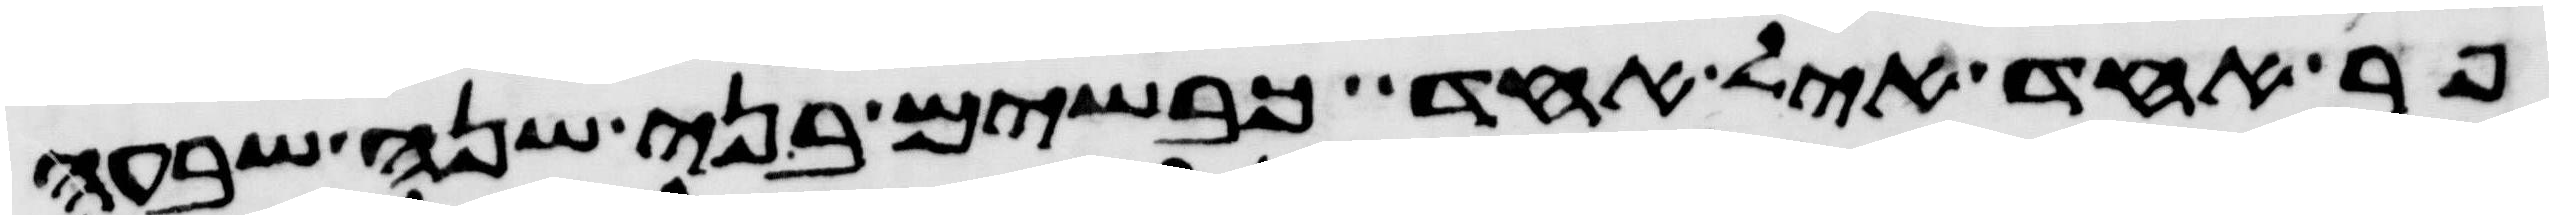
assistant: פר אחד איל אחד כבשים בני שנה שבעה